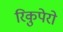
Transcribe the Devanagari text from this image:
रिकुपेरो